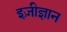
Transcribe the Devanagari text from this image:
इज़ीज्ञान